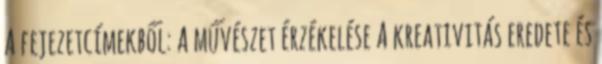
A fejezetcímekből: A művészet érzékelése A kreativitás eredete és